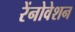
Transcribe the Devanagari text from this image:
रेंनोवेशन